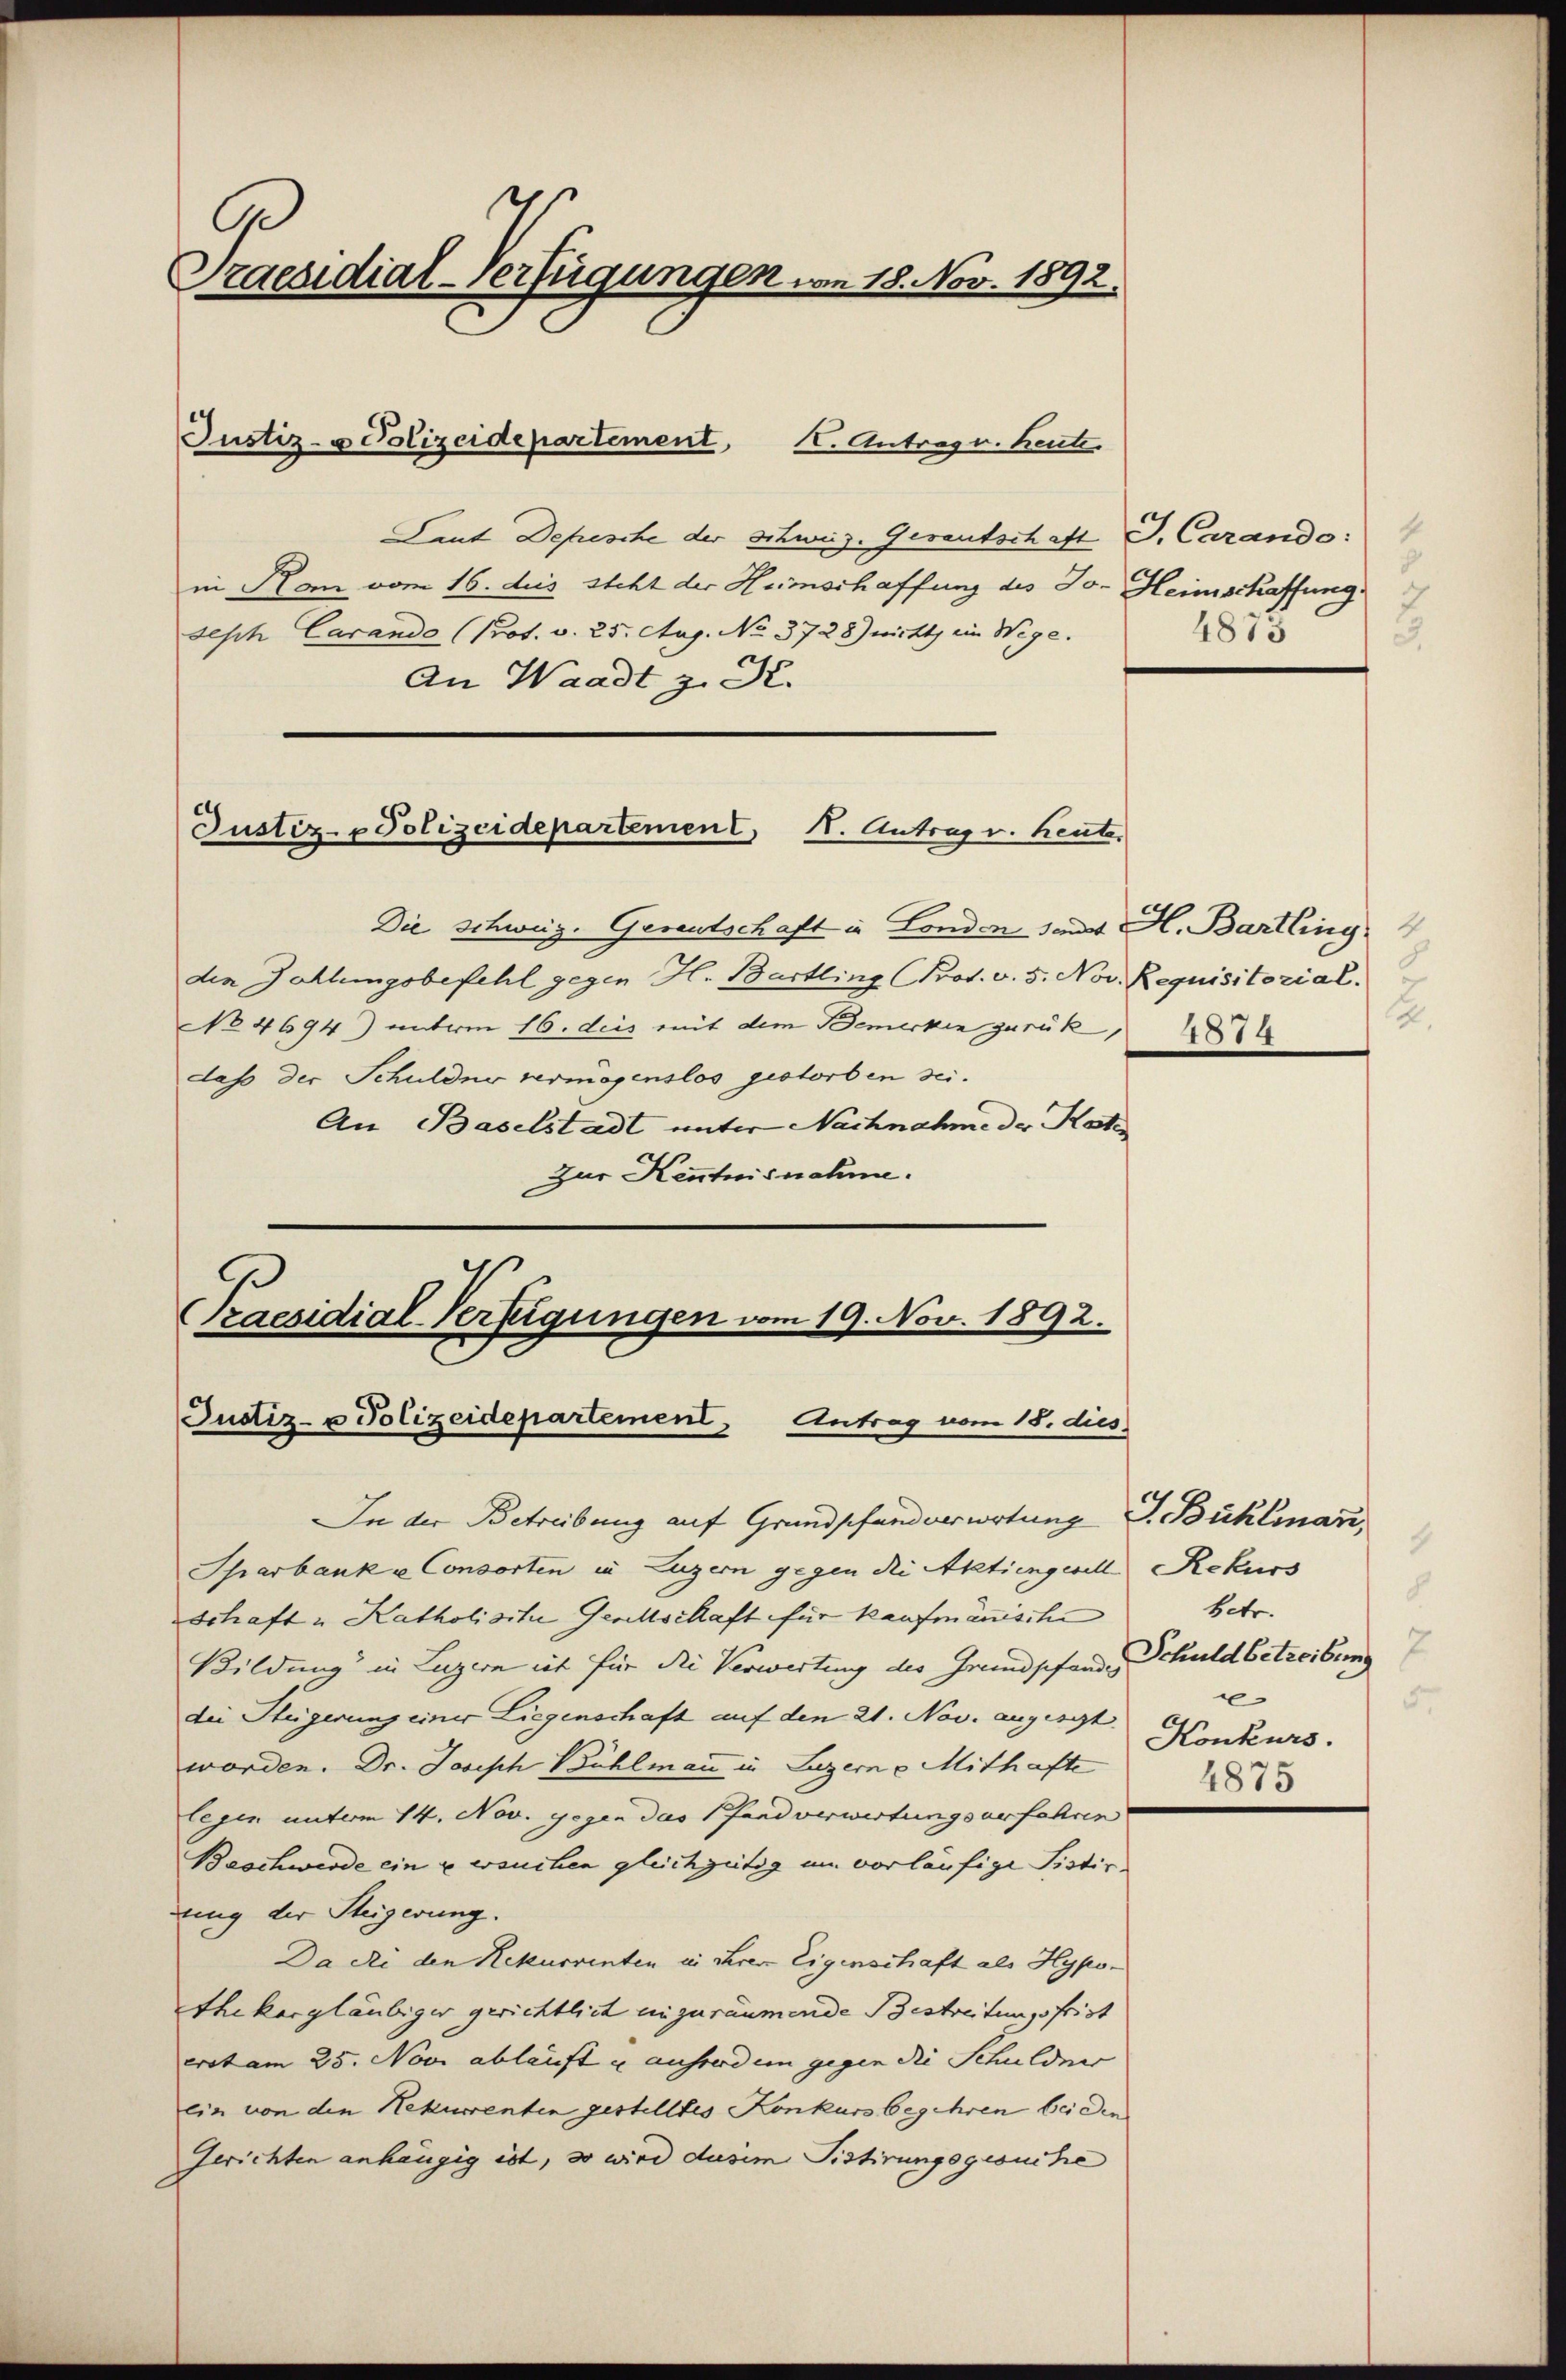
Praesidial-Verfügungen vom 18. Nov. 1892.

Justiz- & Polizeidepartement

Justiz- & Polizeidepartement, 1. Antrag v. heute.

K. Antrage. Heute.
Laut Depesche der Schweiz. Gerantschaft d. Carando:
in Kam vom 16. des steht der Heimschaffung des Jo- Heimschaffung
seph Carando (Prot. v. 25. Aug. No. 3728) nicht ein Wege.
An Waadt z. R.
Die Schweiz. Gerantschaft in London sant H. Bartling
den Zahlungsbefehl gegen H. Bartling (Prot. v. 5. Nov. Requisitorial.
No 4694) unterm 16. dies mit dem Bemerken zurück,
dass der Schulder vermögenslos gestorben sei¬
An Baselstadt unter Nachnahme der Kate
Zur Kenntnisnahme.

Praesidial-Verfügungen vom 19. Nov. 1892.
Justiz- u Polizeidepartement Antrag vom 15. dies

c
J
4815
3.

In der Betreibung auf Grundschanderwortung J. Bühlinari,
Sparbank a Consorten in Luzern gegen die Aktiengesell Rekurs
Schaft u Katholisite Gesellschaft für Kaufmänische
Bildung in Luzern ist für die Verwertung des Grundpfandes
die Steigerung einer Liegenschaft auf den 21. Nov. augesit
worden. Dr. Joseph Bühlmann in Luzerne Mithafte
legen unterm 14. Nov. gegen das Pfand verwertungsurfahren
Beschwerde ein u ersuchen gleichzeitig im vorläufige Sistirung der Steigerung.
Da di den Rekurrenten in ihrer Eigenschaft als Hypo-
thekargläubiger gerichtlich einzuräumende Bestreitungsfrist
erot am 25. Nove abläuft u ausserden gegen die Schuldner
ein von den Rekurrenten gestelltes Konkurs begehren bei den
Gerichten anhängig ist, so wird dusim Pistirungsgesuche

2
4874

1
8
betr.
7
Schuld betreibung
e
5
Konkurs.
1875